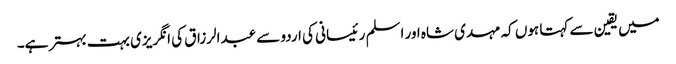
میں یقین سے کہتا ہوں کہ مہدی شاہ اور اسلم رئیسانی کی اردو سے عبدالرزاق کی انگریزی بہت بہتر ہے۔